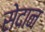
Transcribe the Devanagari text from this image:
सेदान